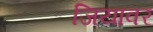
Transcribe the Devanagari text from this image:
जियावर